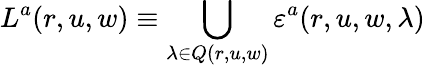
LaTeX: L^{a}(r,u,w)\equiv\bigcup_{\lambda\in Q(r,u,w)}\varepsilon^{a}(r,u,w,\lambda)